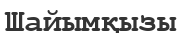
Шайымқызы